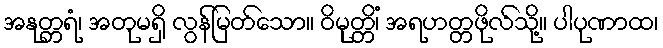
အနုတ္တရံ၊ အတုမရှိ လွန်မြတ်သော။ ဝိမုတ္တိံ၊ အရဟတ္တဖိုလ်သို့။ ပါပုဏာထ၊